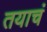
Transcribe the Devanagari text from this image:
तयाचं